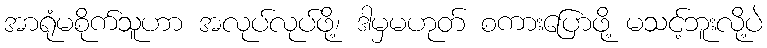
အာရုံမစိုက်သူဟာ အလုပ်လုပ်ဖို့၊ ဒါမှမဟုတ် စကားပြောဖို့ မသင့်ဘူးလို့ပဲ